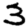
Digit: 3